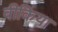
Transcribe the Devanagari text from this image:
वीकिया